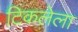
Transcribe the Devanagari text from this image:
टिकलेला